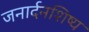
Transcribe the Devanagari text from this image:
जनार्दनशिष्य